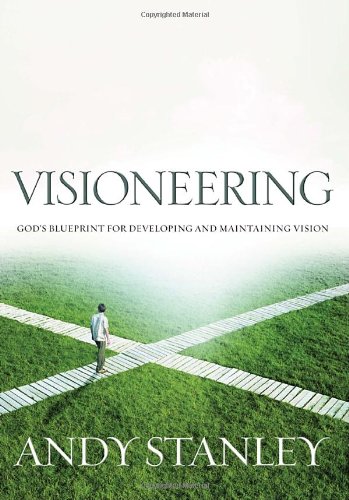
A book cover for Visioneering: God's Blueprint for Developing and Maintaining Vision; Andy Stanley; Christian Books & Bibles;